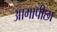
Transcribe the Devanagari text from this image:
आगापीछा